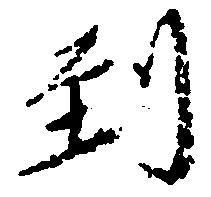
到